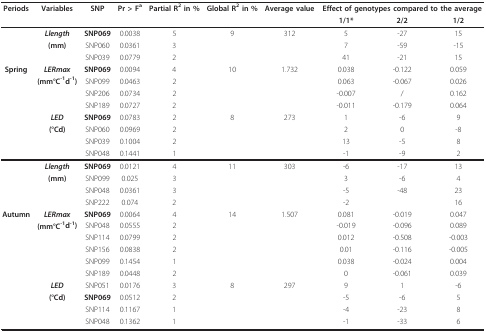
<table><thead><tr><td><b>Periods</b></td><td><b>Variables</b></td><td><b>SNP</b></td><td><b>Pr &gt; F<sup>a</sup></b></td><td><b>Partial R<sup>2 </sup>in %</b></td><td><b>Global R<sup>2 </sup>in %</b></td><td><b>Average value</b></td><td colspan="3"><b>Effect of genotypes compared to the average</b></td></tr><tr><td></td><td></td><td></td><td></td><td></td><td></td><td></td><td><b>1/1*</b></td><td><b>2/2</b></td><td><b>1/2</b></td></tr></thead><tbody><tr><td></td><td><b><i>Llength</i></b></td><td><b>SNP069</b></td><td>0.0038</td><td>5</td><td>9</td><td>312</td><td>5</td><td>-27</td><td>15</td></tr><tr><td></td><td><b>(mm)</b></td><td>SNP060</td><td>0.0361</td><td>3</td><td></td><td></td><td>7</td><td>-59</td><td>-15</td></tr><tr><td></td><td></td><td>SNP039</td><td>0.0779</td><td>2</td><td></td><td></td><td>41</td><td>-21</td><td>15</td></tr><tr><td><b>Spring</b></td><td><b><i>LERmax</i></b></td><td><b>SNP069</b></td><td>0.0094</td><td>4</td><td>10</td><td>1.732</td><td>0.038</td><td>-0.122</td><td>0.059</td></tr><tr><td></td><td><b>(mm°C<sup>-1</sup>d<sup>-1</sup>)</b></td><td>SNP099</td><td>0.0463</td><td>2</td><td></td><td></td><td>0.063</td><td>-0.067</td><td>0.026</td></tr><tr><td></td><td></td><td>SNP206</td><td>0.0734</td><td>2</td><td></td><td></td><td>-0.007</td><td>/</td><td>0.162</td></tr><tr><td></td><td></td><td>SNP189</td><td>0.0727</td><td>2</td><td></td><td></td><td>-0.011</td><td>-0.179</td><td>0.064</td></tr><tr><td></td><td><b><i>LED</i></b></td><td><b>SNP069</b></td><td>0.0783</td><td>2</td><td>8</td><td>273</td><td>1</td><td>-6</td><td>9</td></tr><tr><td></td><td><b>(°Cd)</b></td><td>SNP060</td><td>0.0969</td><td>2</td><td></td><td></td><td>2</td><td>0</td><td>-8</td></tr><tr><td></td><td></td><td>SNP039</td><td>0.1004</td><td>2</td><td></td><td></td><td>13</td><td>-5</td><td>8</td></tr><tr><td></td><td></td><td>SNP048</td><td>0.1441</td><td>1</td><td></td><td></td><td>-1</td><td>-9</td><td>2</td></tr><tr><td></td><td><b><i>Llength</i></b></td><td><b>SNP069</b></td><td>0.0121</td><td>4</td><td>11</td><td>303</td><td>-6</td><td>-17</td><td>13</td></tr><tr><td></td><td><b>(mm)</b></td><td>SNP099</td><td>0.025</td><td>3</td><td></td><td></td><td>3</td><td>-6</td><td>4</td></tr><tr><td></td><td></td><td>SNP048</td><td>0.0361</td><td>3</td><td></td><td></td><td>-5</td><td>-48</td><td>23</td></tr><tr><td></td><td></td><td>SNP222</td><td>0.074</td><td>2</td><td></td><td></td><td>-2</td><td></td><td>16</td></tr><tr><td><b>Autumn</b></td><td><b><i>LERmax</i></b></td><td><b>SNP069</b></td><td>0.0064</td><td>4</td><td>14</td><td>1.507</td><td>0.081</td><td>-0.019</td><td>0.047</td></tr><tr><td></td><td><b>(mm°C<sup>-1</sup>d<sup>-1</sup>)</b></td><td>SNP048</td><td>0.0555</td><td>2</td><td></td><td></td><td>-0.019</td><td>-0.096</td><td>0.089</td></tr><tr><td></td><td></td><td>SNP114</td><td>0.0799</td><td>2</td><td></td><td></td><td>0.012</td><td>-0.508</td><td>-0.003</td></tr><tr><td></td><td></td><td>SNP156</td><td>0.0838</td><td>2</td><td></td><td></td><td>0.01</td><td>-0.116</td><td>-0.005</td></tr><tr><td></td><td></td><td>SNP099</td><td>0.1454</td><td>1</td><td></td><td></td><td>0.038</td><td>-0.024</td><td>0.004</td></tr><tr><td></td><td></td><td>SNP189</td><td>0.0448</td><td>2</td><td></td><td></td><td>0</td><td>-0.061</td><td>0.039</td></tr><tr><td></td><td><b><i>LED</i></b></td><td>SNP051</td><td>0.0176</td><td>3</td><td>8</td><td>297</td><td>9</td><td>1</td><td>-6</td></tr><tr><td></td><td><b>(°Cd)</b></td><td><b>SNP069</b></td><td>0.0512</td><td>2</td><td></td><td></td><td>-5</td><td>-6</td><td>5</td></tr><tr><td></td><td></td><td>SNP114</td><td>0.1167</td><td>1</td><td></td><td></td><td>-4</td><td>-23</td><td>8</td></tr><tr><td></td><td></td><td>SNP048</td><td>0.1362</td><td>1</td><td></td><td></td><td>-1</td><td>-33</td><td>6</td></tr></tbody></table>